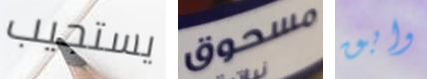
يستجيب مسحوق وابق